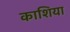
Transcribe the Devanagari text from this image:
काशिया